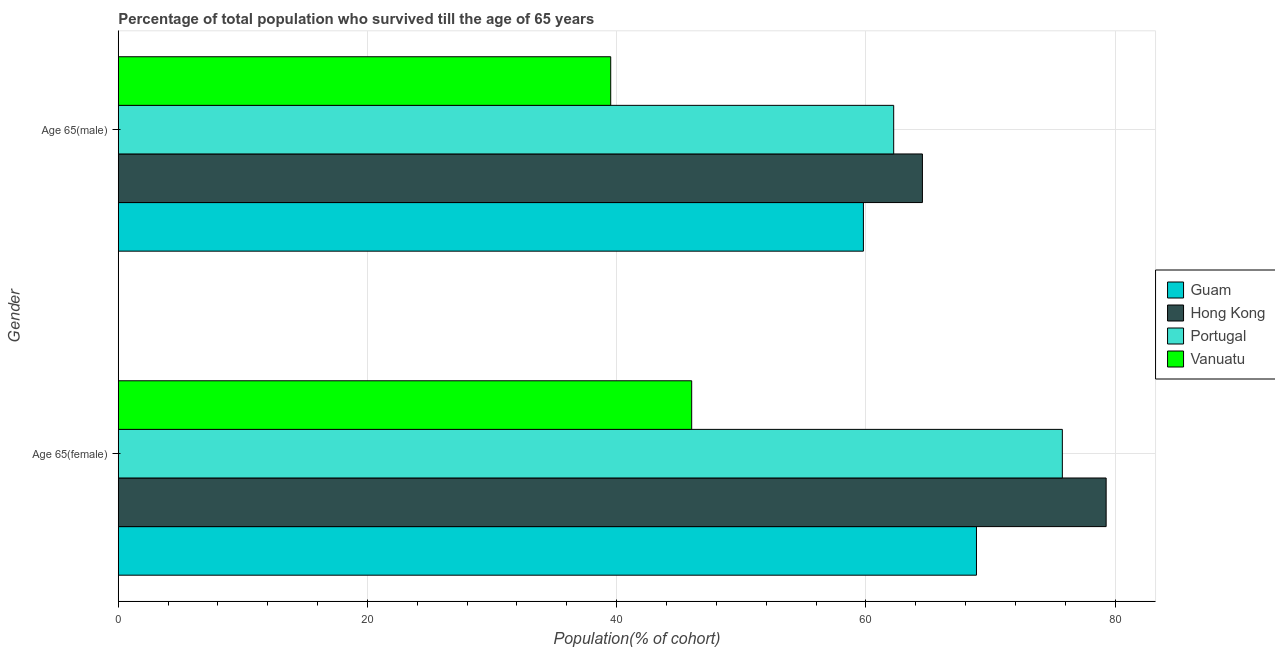
| Gender | Guam | Hong Kong | Portugal | Vanuatu |
 | --- | --- | --- | --- | --- |
 | Age 65(female) | 68.9 | 79.3 | 75.8 | 46 |
 | Age 65(male) | 59.8 | 64.5 | 62.2 | 39.5 |